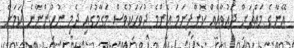
އޭނާގެ މައްޗަށް ދައުވާއެއް ކޮށްފިނަމަ އެންމެ ދުވަހަކުވެސް މަގާމުގައި ދެމި ނުހުންނާނެ ކަމަށް